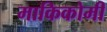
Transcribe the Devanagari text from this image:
माकिकोमी